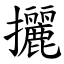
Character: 攦